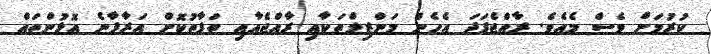
ކުރުމަށް ވެސް މެއެވެ. ރާއްޖެފަދަ އެހެން މަންޒިލްތަކާއި ރާއްޖެއާއި ތަފާތުކޮށް އަރާފާނެ އޮޅުންތައް